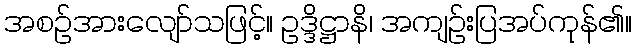
အစဉ်အားလျော်သဖြင့်။ ဥဒ္ဒိဋ္ဌာနိ၊ အကျဉ်းပြအပ်ကုန်၏။